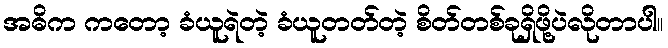
အဓိက ကတော့ ခံယူရဲတဲ့ ခံယူတတ်တဲ့ စိတ်တစ်ခုရှိဖို့ပဲလိုတာပါ။